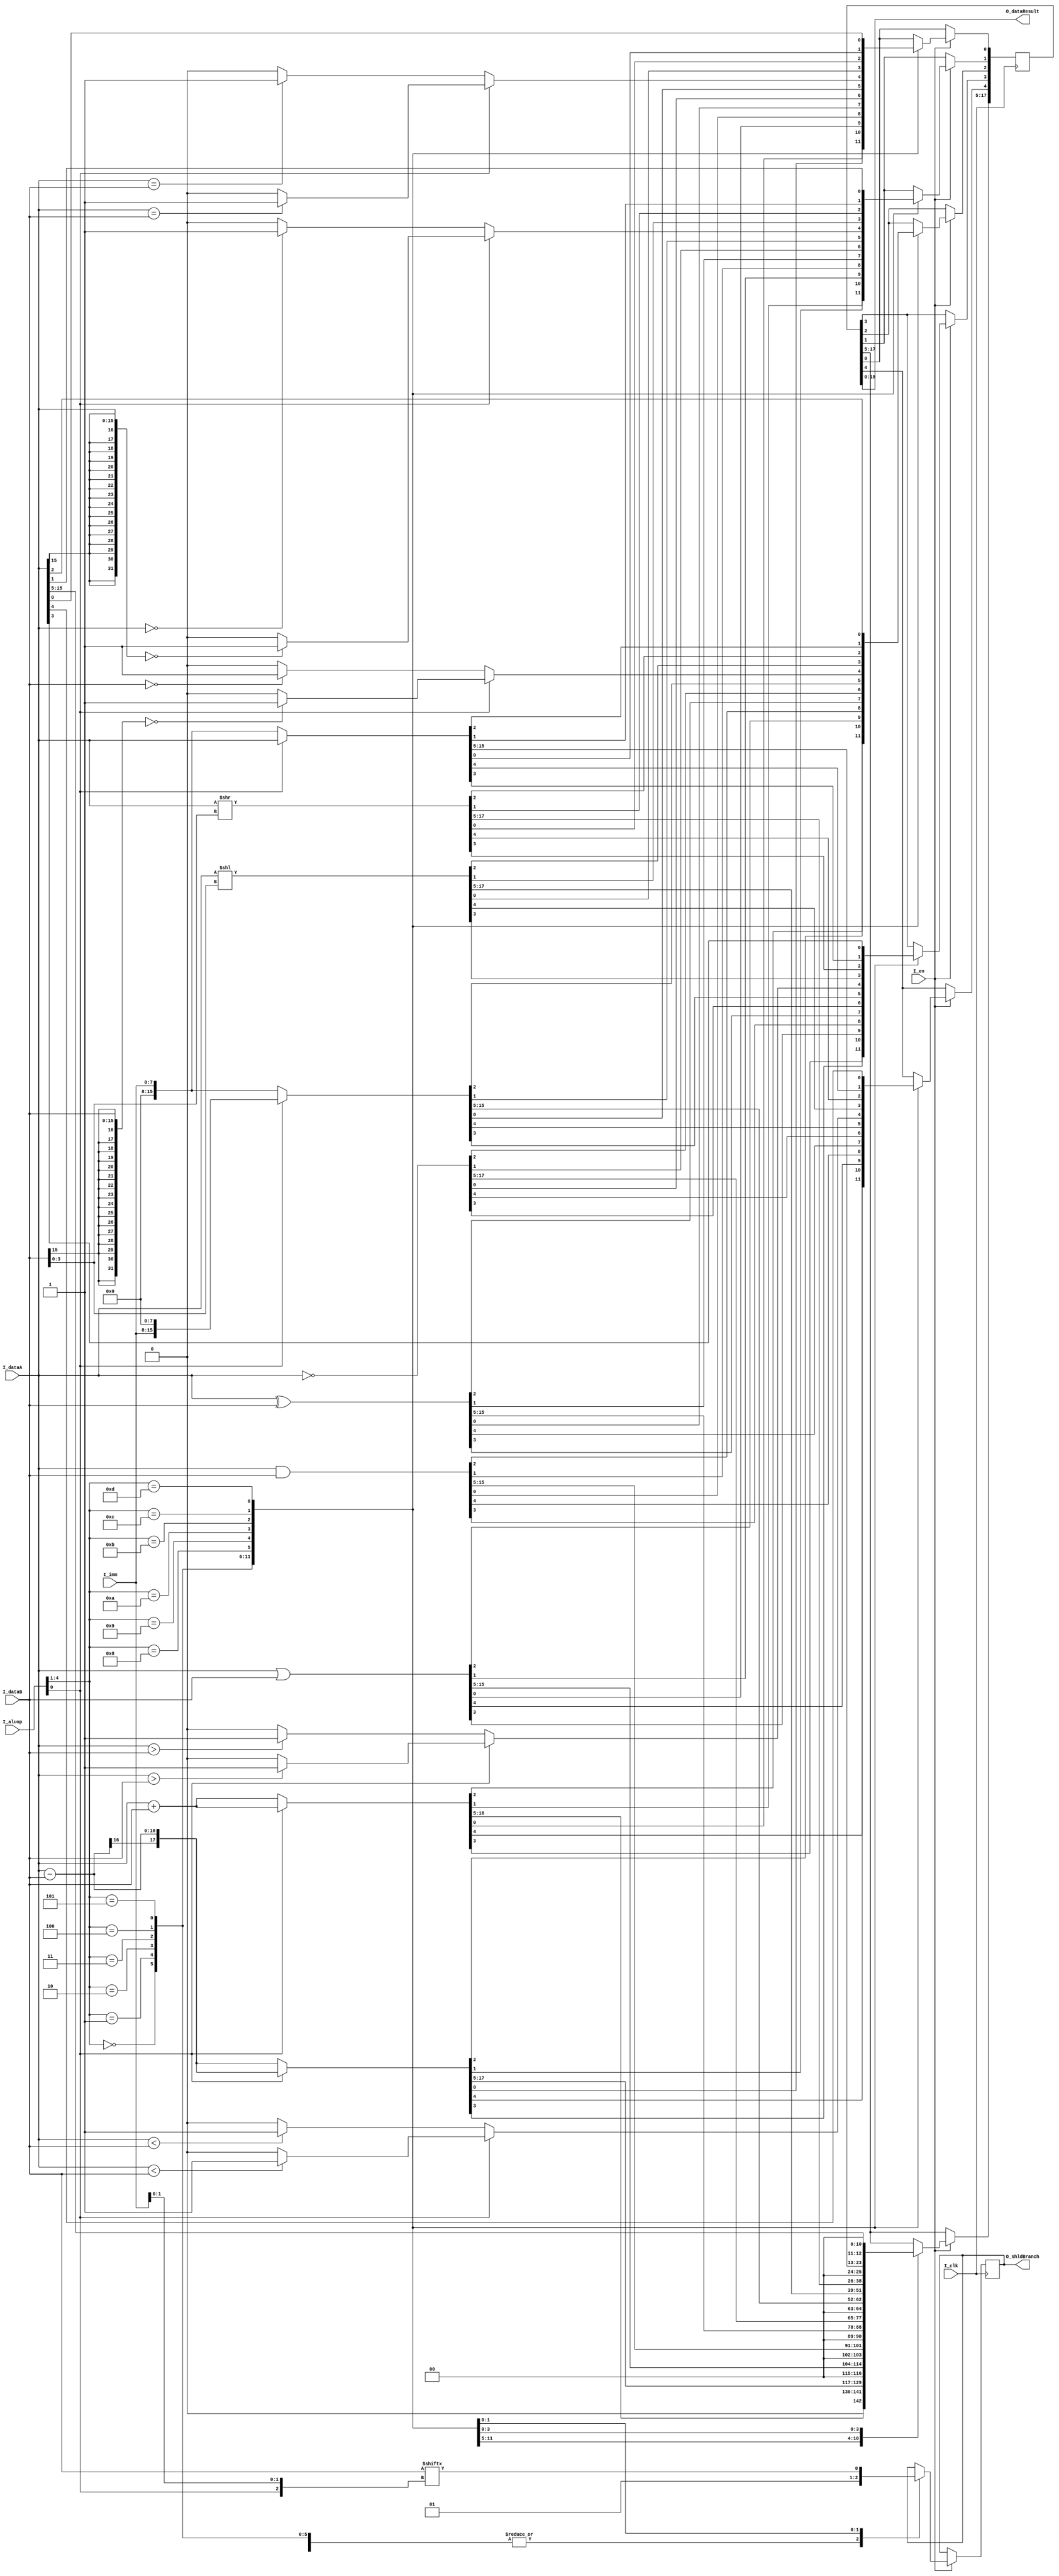
`timescale 1ns / 1ps
//////////////////////////////////////////////////////////////////////////////////
// Company: 
// Engineer: 
// 
// Design Name: 
// Module Name: alu
// Project Name: 
// Target Devices: 
// Tool Versions: 
// Description: 
// 
// Dependencies: 
// 
// Revision:
// Revision 0.01 - File Created
// Additional Comments:
// 
//////////////////////////////////////////////////////////////////////////////////


module alu(
    input [4:0] I_aluop,
    input [15:0] I_dataA,
    input [15:0] I_dataB,
    input [7:0] I_imm,
    input I_en,
    input I_clk,
    output [15:0] O_dataResult,
    output reg O_shldBranch
    );
    
    reg [17:0] int_Result;
    
    assign O_dataResult = int_Result[15:0]; // Only assign first 15 bits, others used for overflow
    initial begin
        int_Result = 0;
        O_shldBranch = 0;
    end
    
    always @(negedge I_clk) begin
        if(I_en) begin
        case(I_aluop[4:1])
            (4'b0000) : begin
                            int_Result <= (I_aluop[0]) ? ($signed(I_dataA) + $signed(I_dataB)) : (I_dataA + I_dataB);
                            O_shldBranch <= 0;
                        end
            (4'b0001) : begin 
                            int_Result <= (I_aluop[0]) ? ($signed(I_dataA) - $signed(I_dataB)) : (I_dataA - I_dataB);
                            O_shldBranch <= 0;
                        end
            (4'b0010) : begin 
                            int_Result <= I_dataA | I_dataB;
                            O_shldBranch <= 0;
                        end
            (4'b0011) : begin 
                            int_Result <= I_dataA & I_dataB;
                            O_shldBranch <= 0;
                        end
            (4'b0100) : begin 
                            int_Result <= I_dataA ^ I_dataB;
                            O_shldBranch <= 0;
                        end
            (4'b0101) : begin 
                            int_Result <= ~I_dataA;
                            O_shldBranch <= 0;
                        end 
            (4'b1000) : begin
                            int_Result <= (I_aluop[0]) ? {I_imm, 8'h00} : {8'h00, I_imm};
                            O_shldBranch <= 0;
                        end
            (4'b1001) : begin
                            if (I_aluop[0]) begin
                                int_Result[0] <= ($signed(I_dataA) == $signed(I_dataB)) ? 1 : 0;
                                int_Result[1] <= ($signed(I_dataA) == 0) ? 1 : 0;
                                int_Result[2] <= ($signed(I_dataB) == 0) ? 1 : 0;
                                int_Result[3] <= ($signed(I_dataA) > $signed(I_dataB)) ? 1 : 0;
                                int_Result[4] <= ($signed(I_dataA) < $signed(I_dataB)) ? 1 : 0;
                            end
                            else begin
                                int_Result[0] <= (I_dataA == I_dataB) ? 1 : 0;
                                int_Result[1] <= (I_dataA == 0) ? 1 : 0;
                                int_Result[2] <= (I_dataB == 0) ? 1 : 0;
                                int_Result[3] <= (I_dataA > I_dataB) ? 1 : 0;
                                int_Result[4] <= (I_dataA < I_dataB) ? 1 : 0;
                            end
                            O_shldBranch <= 0;
                        end
            (4'b1010) : begin
                            int_Result <= I_dataA << (I_dataB[3:0]);
                            O_shldBranch <= 0;
                        end
            (4'b1011) : begin
                            int_Result <= I_dataA >> (I_dataB[3:0]);
                            O_shldBranch <= 0;
                        end
            (4'b1100) : begin
                            int_Result <= (I_aluop[0]) ? I_dataA : I_imm;
                            O_shldBranch <= 1;
                        end
            (4'b1101) : begin
                            int_Result <= I_dataA;
                            O_shldBranch <= I_dataB[{I_aluop[0], I_imm[1:0]}];
                        end
        endcase
        end
    end
endmodule